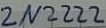
Text: 2N222